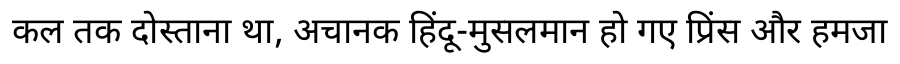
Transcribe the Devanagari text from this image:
कल तक दोस्ताना था, अचानक हिंदू-मुसलमान हो गए प्रिंस और हमजा